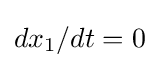
dx_{1}/dt=0